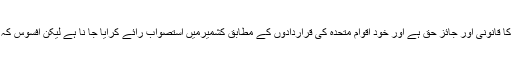
حق خود ارادیت کشمیری عوام کا قانونی اور جائز حق ہے اور خود اقوام متحدہ کی قراردادوں کے مطابق کشمیرمیں استصواب رائے کرایا جا نا ہے لیکن افسوس کہ ان قراردادوں پر عمل نہیں ہوا ۔